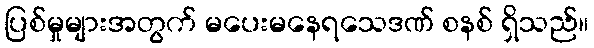
ပြစ်မှုများအတွက် မပေးမနေရသေဒဏ် စနစ် ရှိသည်။